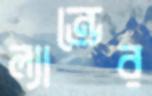
ল্যান্ডের